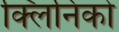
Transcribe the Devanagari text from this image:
क्लिनिको